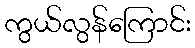
ကွယ်လွန်ကြောင်း